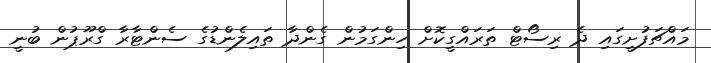
މައްޗަފުށީގައި ދެ ރިސޯޓް ތަރައްގީކޮށް ހިންގަމުން ގެންދާ ތައިލެންޑުގެ ސެންޓާރާ ގްރޫޕުން ބުނީ